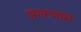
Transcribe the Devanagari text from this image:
झाकणास